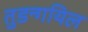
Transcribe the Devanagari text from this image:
तुडन्गयिल